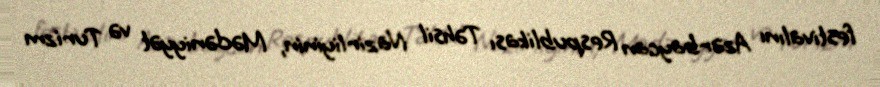
festivalını Azərbaycan Respublikası Təhsil Nazirliyinin, Mədəniyyət və Turizm